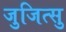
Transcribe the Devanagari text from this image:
जुजित्सु